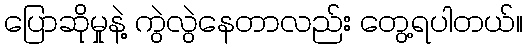
ပြောဆိုမှုနဲ့ ကွဲလွဲနေတာလည်း တွေ့ရပါတယ်။